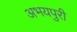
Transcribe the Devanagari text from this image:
अभयपुरी